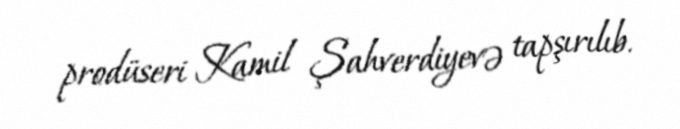
prodüseri Kamil Şahverdiyevə tapşırılıb.